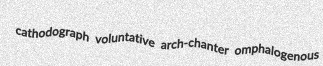
cathodograph voluntative arch-chanter omphalogenous